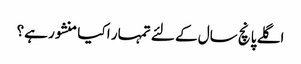
اگلے پانچ سال کے لئے تمہار ا کیا منشور ہے؟